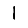
Digit: 1